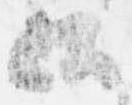
候